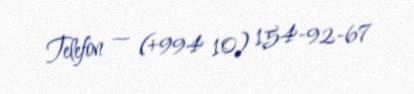
Telefon — (+994 10) 154-92-67